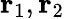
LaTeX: \mathbf{r}_{1},\mathbf{r}_{2}